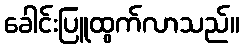
ခေါင်းပြူထွက်လာသည်။